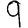
Digit: 9